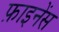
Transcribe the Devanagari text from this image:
फ़ाइनेंस